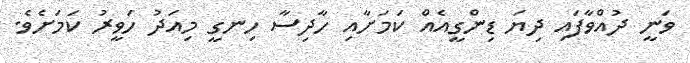
ވަނީ ދުއްވާފައި ދިޔަ ޑިންގީއެއް ކަމަށާއި ހާދިސާ ހިނގީ މިއަދު ހަވީރު ކަމަށެވެ.